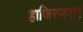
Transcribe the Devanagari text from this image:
हाजिरजवाब